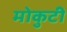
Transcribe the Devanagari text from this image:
मोकुटी